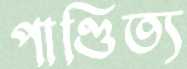
পাণ্ডিত্য